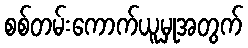
စစ်တမ်းကောက်ယူမှုအတွက်